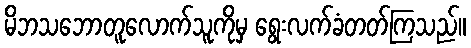
မိဘသဘောတူလောက်သူကိုမှ ရွေးလက်ခံတတ်ကြသည်။